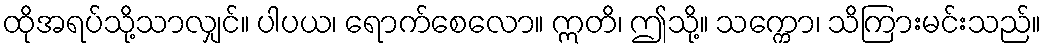
ထိုအရပ်သို့သာလျှင်။ ပါပယ၊ ရောက်စေလော။ ဣတိ၊ ဤသို့။ သက္ကော၊ သိကြားမင်းသည်။